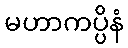
မဟာကပ္ပိနံ